Report of the Hyderabad Chloroform Commission
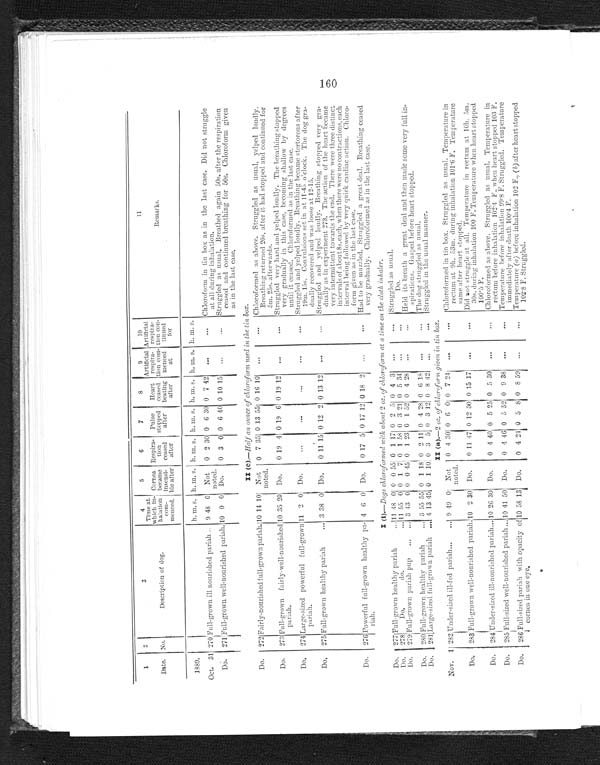
1
Date.
2
No.
3
Description of dog.
4
Time at
which in-
halation
corn-
menced.
5
Cornea
became
insensi-
bleafter
6
Respira-
tion
ceased
after
7
Pulse
stopped
after
8
Heart
ceased
beating
after
9
Artificial
respira-
tion com-
menced
at
10
Artificial
respir a-
Hon con-
tinned
for
11
Remarks.
1889.
h. m. s. h. m. s. h. m. s. h. m. s. h. m. s. h. m. s. h. m. s.
Oct. 31 270 Full-grown ill nourished pariah .. 9 48 0 Not
noted.
0 2 30 0 6 30 0 7 42
...
...
Chloroform in tin box as in the last case. Did not struggle
at all during inhalation.
Do.
271 Full-grown well-nourished. pariah. 10 0 0 Do.
0 3 0 0 6 40 0 10 15
...
...
Struggled as usual . Breathed again 50s, after the respiration
ceased and continued breathing for 50s. Chloroform given
as in the last case.
II (c).—Half an ounce of c h l o r o f o r m u s e d i n t h e t i n b o x .
Do.
272 Fairly-nourished full-grown pariah. 10 14 10 Not
noted.
0 7 35 0 13 55 0 16 10
...
...
Chloroformed as above. Struggled as usual, yelped loudly.
Breathin returned 20s. after it had stopped and continued for 5m. 25s. afterwards.
Do.
273 Full-grown fairly-well-nourished
pariah.
10 35 20 Do.
0 19 4 0 19 6 0 19 12
...
...
s t r u g g l e d v e r y h a r d a n d y e l p e d l o v u d d l y . T h e b r e a t h i n k s t o o p p e d d v e r y g r a d u a l l y i n t h i s c a s e b e c o m i n g s h a l l o w b y d e g r e e s u n t i l i t c h e a s e d . c h l o r o f o r m e d a s i n t h e l a s t c a s e
Do.
274 Large-sized powerful full-grown
pariah.
11 2 0 Do.
...
...
...
...
Struggled and yelped loudly. Breathing became stertorous after
19m. 15s.0 Convulsions set in at 11-45 o'clock. The dog gra-
dually recovered and was loose at 12-15.
Do.
275 Full-grown healthy pariah
... 3 38 0, Do.
0 11 15 0 12 2 0 13 12
...
...
Struggled and yelped loudly. Breathing stopped very gra-
dually as in experiment 273. The action of the heart became
very intermittent towards the end. There were three distinct
intervals of about Ss. each, when there were no contractions, each
interval being followed by very quick cardiac action. Chloro-
form given as in the last case.
Do.
276 Powerful full-grown healthy pa-
riah.
4 6 0 Do.
0 17 5 0 17 12 0 18 2
...
...
Had to be muzzled. Struggled a great deal. Breathing ceased
very gradually. Chloroformed as in the last case.
I (i).—Dogs chloroformed with. about 2 or. of chloroform at a time on the cloth inhaler.
Do.
277 Full-grown healthy pariah
... 11 48 0 0 0 55 0 1 17 0 2 5 0 4 3
...
...
Struggled as usual.
Do.
278
Do.
do.
... 11 55 0 0 1 7 0 1 58 0 3 21 0 5 34
...
...
do
Do.
279 Full-grown pariah pup
..... 3 43 0 0 0 45 0 1 23 0 1 52 0 4 28
...
...
Held its breath a great deal and then made some very full in-
spirations. Gasped before heart stopped.
Do.
280 Full-grown healthy pariah
... 3 55 55 0 1 18 0 2 11 0 4 28 0 6 18
...
...
The dog struggled as usual.
Do.
281 Large-sized full-grown pariah ... 4 13 45 0 1 10 0 3 5 0 3 12 0 8 42
... ...
struggled in the usual manner.
II (a).-2 oz. of chloroform given in tin box.
Nov. 1 282 Under-sized ill-fed pariah...
... 9 49 0 Not
noted.
0 4 30 0 6 0 0 7 24
...
. . .
Chloroformed in tin box. Struggled as usual. Temperature in
rectum at Oh. 53m. during inhalation 1016 F. Temperature
same after heart stopped.
Do.
283 Full-grown well-nourished pariah.
10 2 30 Do.
0 11 47 0 12 30 0 15 17
...
. . . Did not struggle at all. Temperature in rectum at 10h. 5im.
:30s. during inhalation 100 F. Temperature when heart stopped
100'5 F.
Do.
284 Under-sized ill-nourished pariah... 10 26 30 Do.
0 4 40 0 5 25 0 5 30
...
. . . Chloroformed as above. Struggled as usual. Temperature in
rectum before inhalation 102 .4 F. when heart stopped 103 F.
Do.
285 Full-sized well-nourished pariah ... 10 41 50 Do.
0 4 46 0 5 52 0 9 38
...
. . . .
Temperature before inhalation 99 .8 F. Struggled. Temperature
immediately after death 100'4 F.
Do.
286 Full-sized pariah with opacity of
cornea in one eye.
10 58 13 Do.
0 4 21 0 5 S 0 8 59
...
...
Temperature (a) before inhalation 102 F., (b) after heart stopped
102.8 F. Struggled.